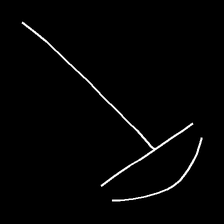
Glyph: dispersion